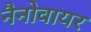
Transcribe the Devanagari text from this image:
नैनोवायर